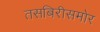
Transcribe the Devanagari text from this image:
तसबिरीसमोर